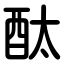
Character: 酞